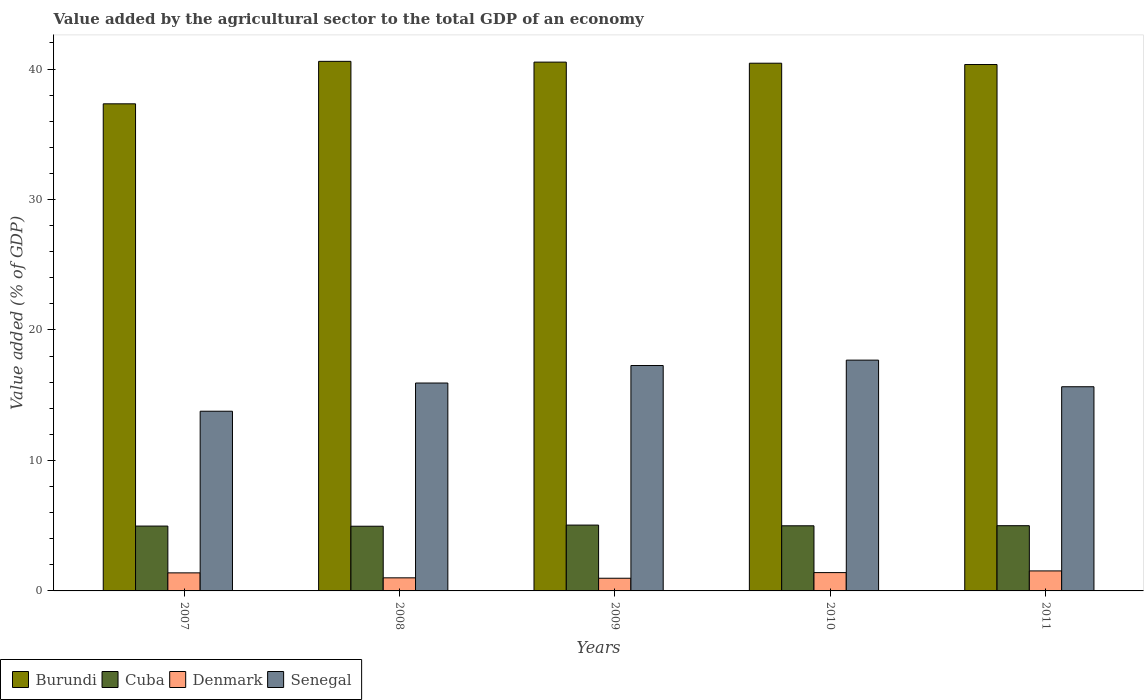
| Years | Burundi | Cuba | Denmark | Senegal |
 | --- | --- | --- | --- | --- |
 | 2007 | 37.3 | 4.97 | 1.38 | 13.8 |
 | 2008 | 40.6 | 4.96 | 1 | 15.9 |
 | 2009 | 40.5 | 5.05 | 0.972 | 17.3 |
 | 2010 | 40.4 | 4.99 | 1.4 | 17.7 |
 | 2011 | 40.3 | 5 | 1.53 | 15.7 |